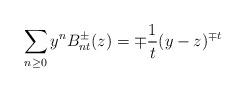
LaTeX: \begin{align*}\sum_{n\geq 0}y^nB^\pm_{nt}(z)=\mp{1\over t}(y-z)^{\mp t}\end{align*}